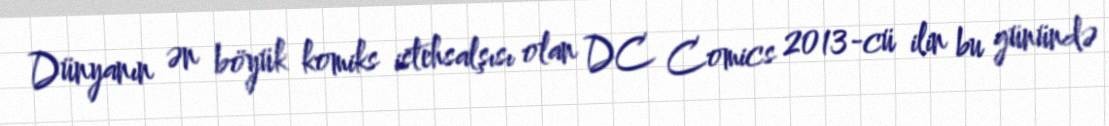
Dünyanın ən böyük komiks istehsalşısı olan DC Comics 2013-cü ilin bu günündə